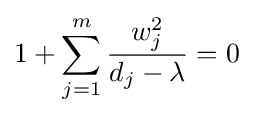
1+\sum _{j=1}^{m}{\frac {w_{j}^{2}}{d_{j}-\lambda }}=0